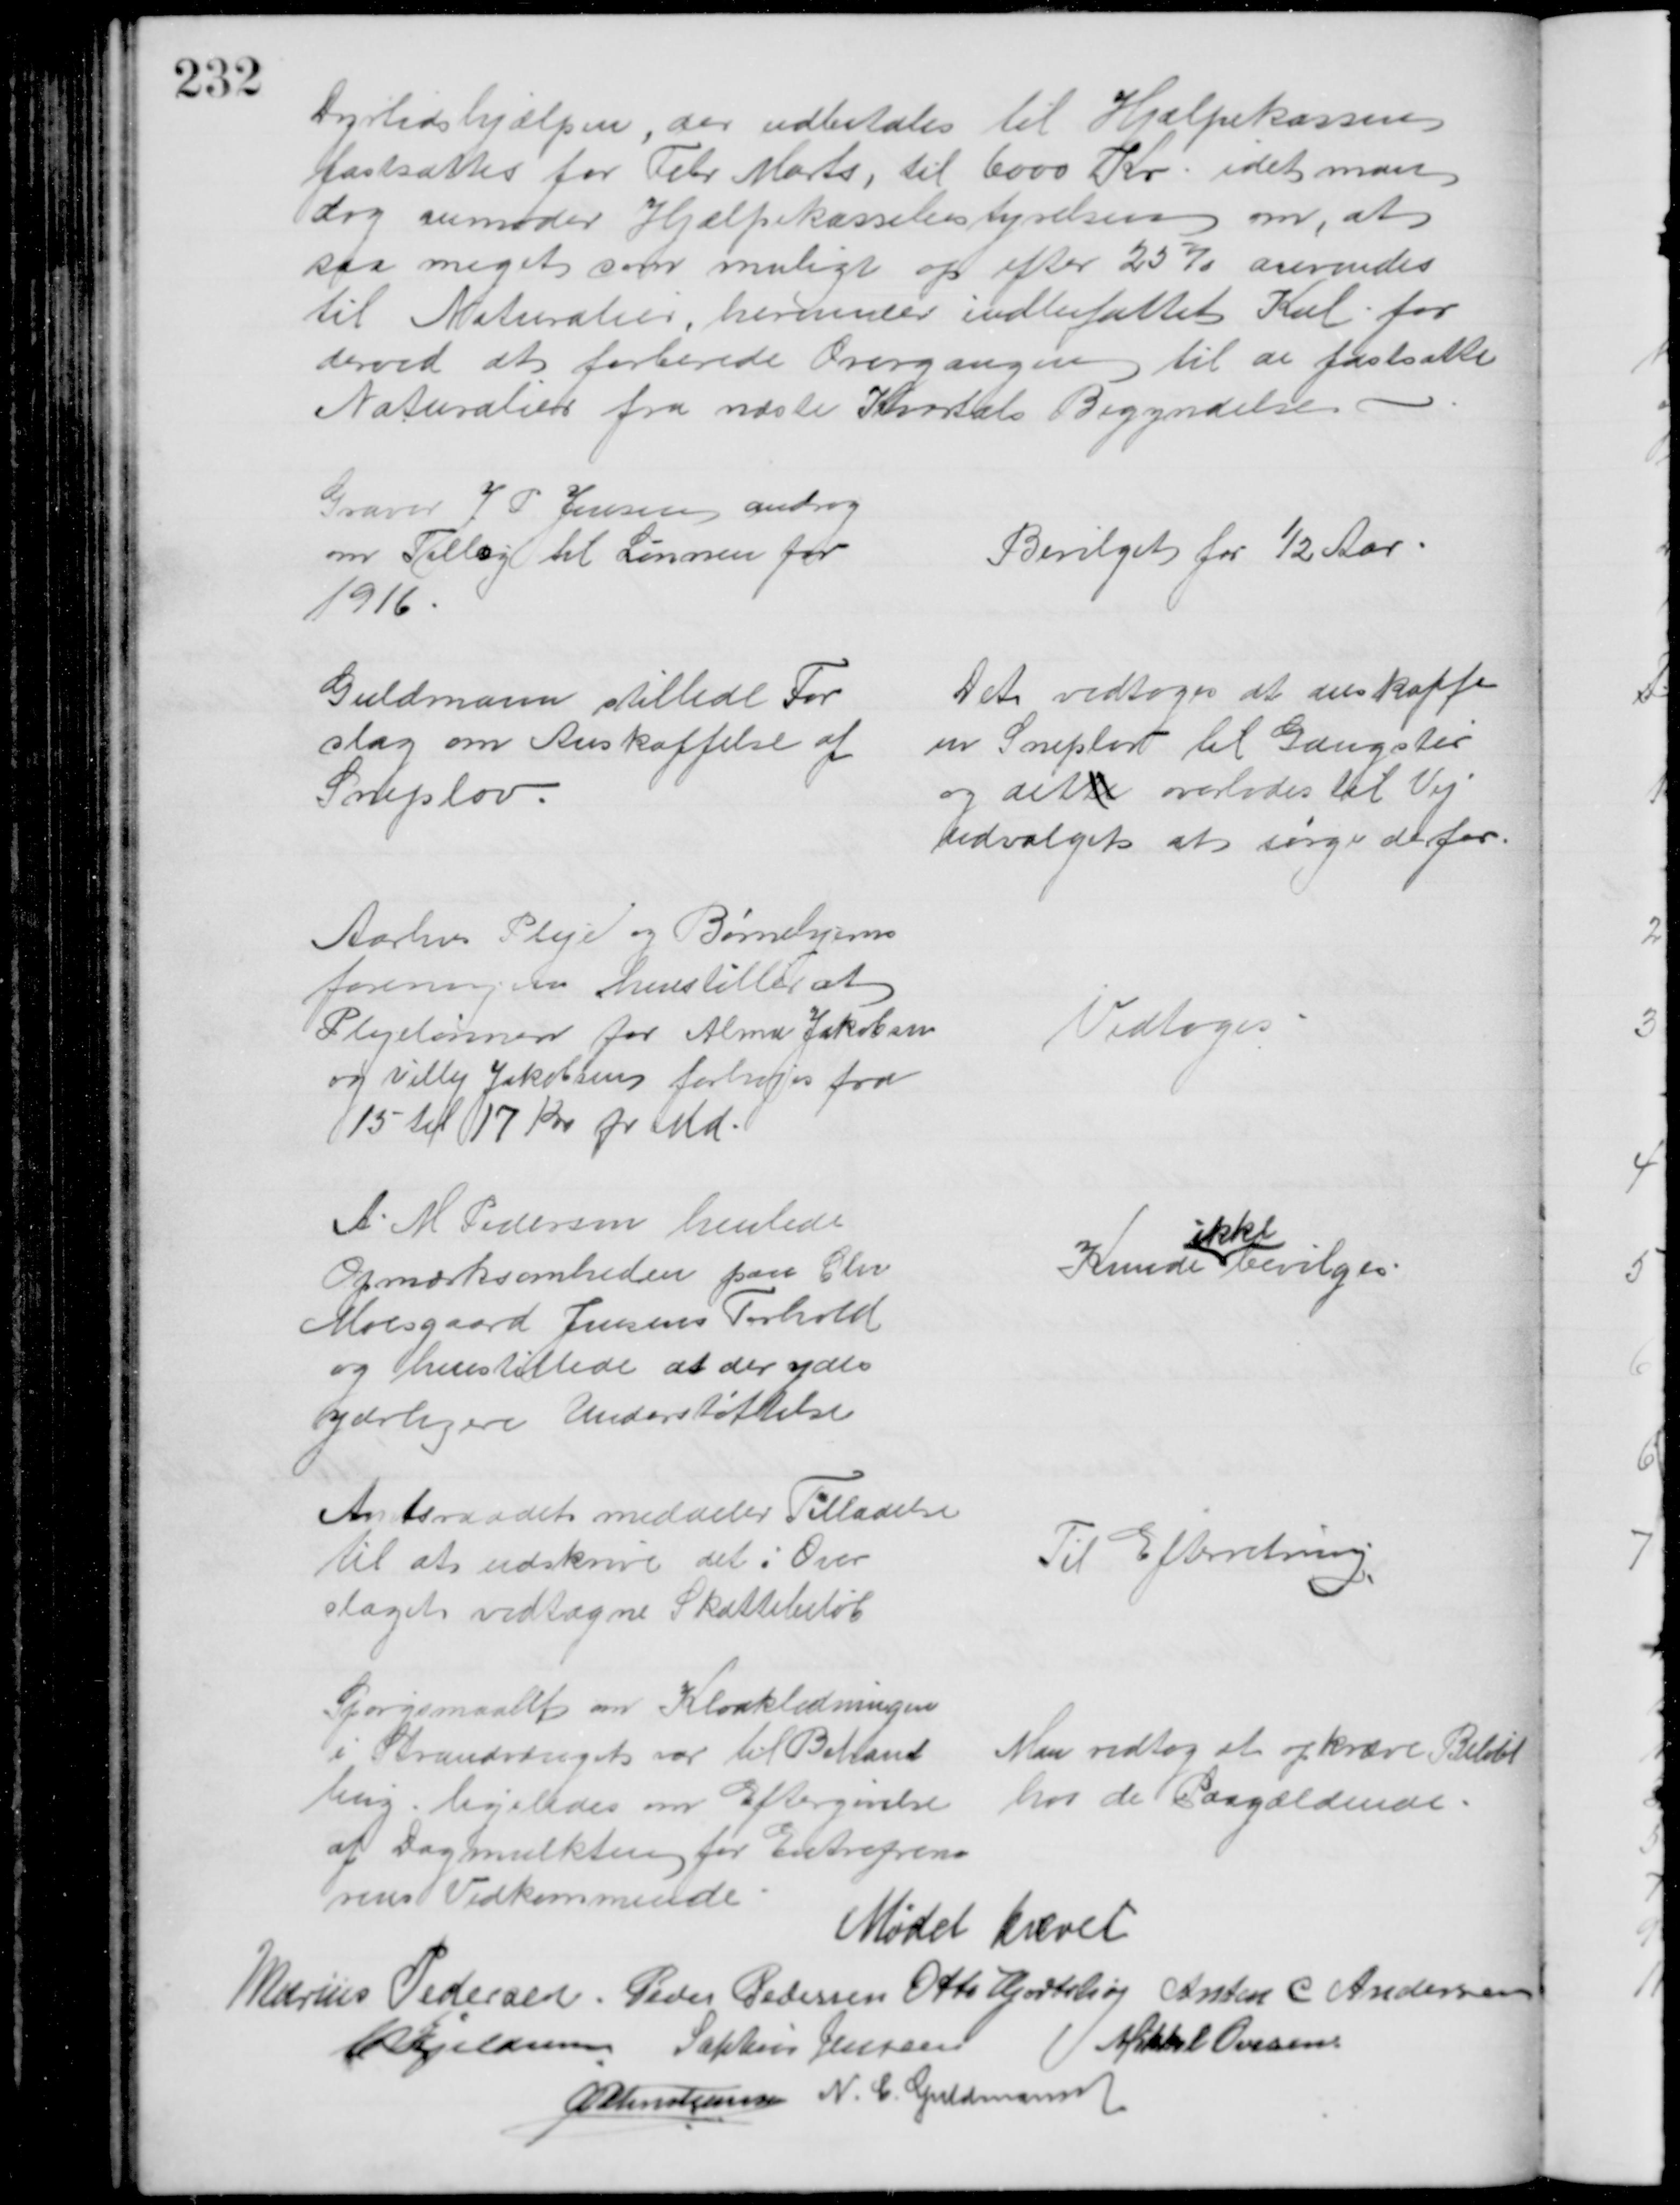
Transskription:
Dyrtidshjælpen, der udbetales til Hjælpekassens 
fastsattes for Febr Marts, til 6000 Kr idet man
dog anmoder Hjælpekassebestyrelsen om, at 
saa meget som muligt op efter 25 % anvendes 
til Naturalier, herunder indbefattet Kul for 
derved at forberede Overgangen til at fastsætte 
Naturalier fra næste Kvartals Begyndelse
Graver J P Jensen androg
om Tillæg til Lønnen for
1916
Bevilget for ½ Aar
Guldmann stillede For
slag om Anskaffelse af 
Sneplov
Det vedtoges at anskaffe
en Sneplov til Gangstier
og dette overlodes til Vej
udvalget at sørge derfor
Aarhus Pleje og Børnehjems
foreningen henstiller at
Plejelønnen for Alma Jakobsen
og Villy Jakobsen forhøjes fra
15 til 17 Kr pr Md
Vedtoges
A M Pedersen henlede
Opmærksomheden paa Chr
Moesgaard Jensens Forhold
og henstillede at der ydes
yderligere Understøttelse
Kunde 
ikke
bevilges
Amtsraadet meddeler Tilladelse
til at udskrive det i Over
slaget vedtagne Skattebeløb
Til Efterretning
Spørgsmaalet om Kloakledningen
i Strandvænget var til Behand
ling ligeledes om Eftergivelse
af Dagmulkten for Entreprenø
rens Vedkommende
Man vedtog at opkræve Beløbet
hos de Paagældende
Mødet hævet
Marius Pedersen. Peder Pedersen Otto Hjortshøj Anton. C. Andersen
C Kjeldsen Sophus Jensen Mikkel Ovesen
A P Christiansen N. C. Guldmann